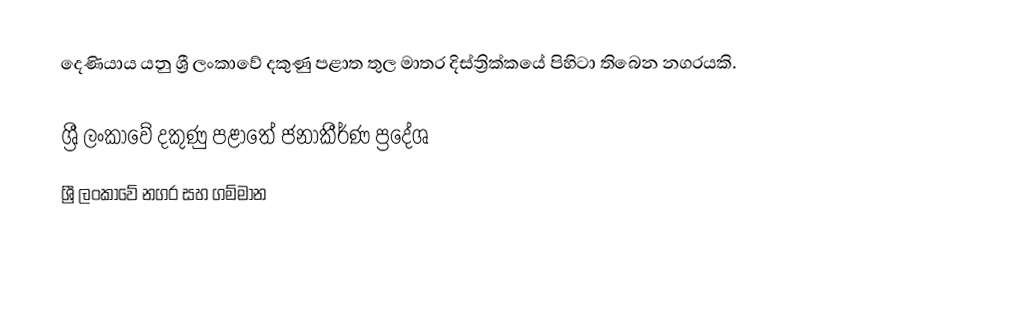
දෙණියාය යනු ශ්‍රී ලංකාවේ දකුණු පළාත තුල මාතර දිස්ත්‍රික්කයේ පිහිටා තිබෙන නගරයකි.

ශ්‍රී ලංකාවේ දකුණු පළාතේ ජනාකීර්ණ ප්‍රදේශ
ශ්‍රී ලංකාවේ නගර සහ ගම්මාන